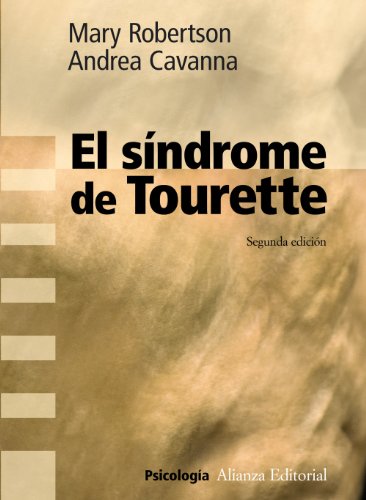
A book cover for El sindrome de Tourette (Ensayo / Essay) (Spanish Edition); Mary Robertson; Health, Fitness & Dieting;